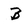
Character: B